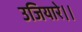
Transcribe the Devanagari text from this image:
उजियारे।।